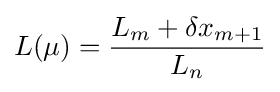
L(\mu )={\frac {L_{m}+\delta x_{m+1}}{L_{n}}}